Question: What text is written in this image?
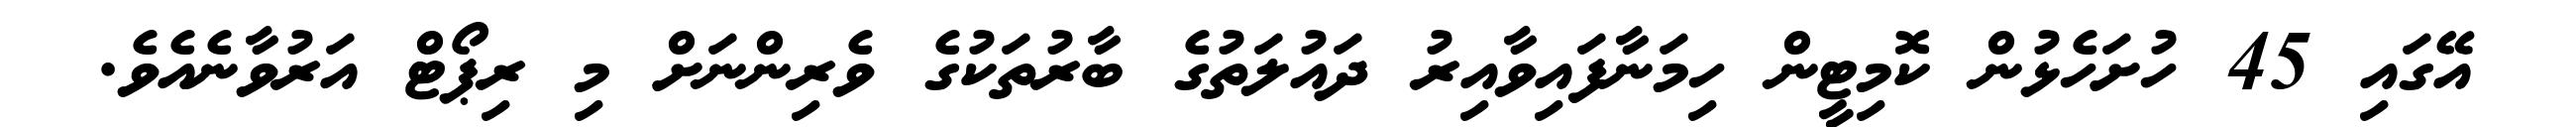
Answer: އޭގައި 45 ހުށަހެޅުން ކޮމިޓީން ހިމަނާފައިވާއިރު ދައުލަތުގެ ބާރުތަކުގެ ވެރިންނަށް މި ރިޕޯޓް އަރުވާނެއެވެ.